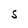
Character: S